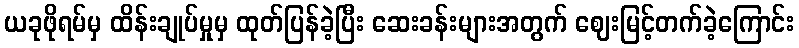
ယခုဖိုရမ်မှ ထိန်းချုပ်မှုမှ ထုတ်ပြန်ခဲ့ပြီး ဆေးခန်းများအတွက် ဈေးမြင့်တက်ခဲ့ကြောင်း